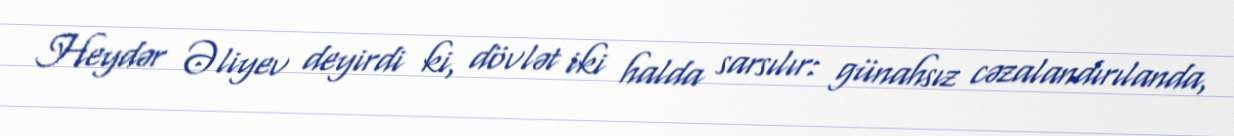
Heydər Əliyev deyirdi ki, dövlət iki halda sarsılır: günahsız cəzalandırılanda,